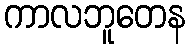
ကာလဘူတေန